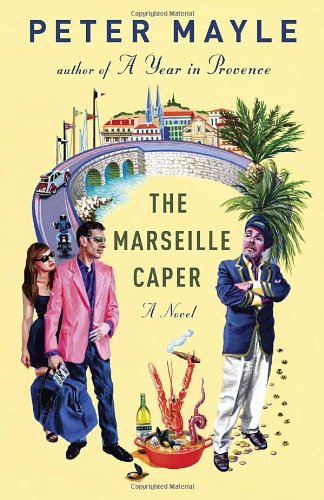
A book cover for The Marseille Caper; Peter Mayle; Travel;